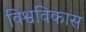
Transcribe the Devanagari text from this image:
विश्वविकास